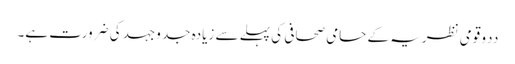
ددو قومی نظریہ کے حامی صحافی کی پہلے سے زیادہ جد وجہد کی ضرورت ہے۔